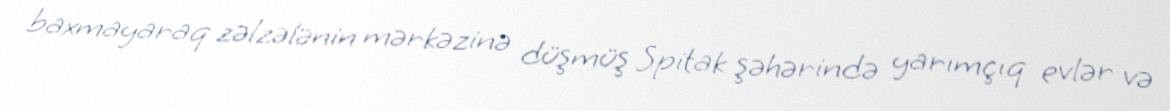
baxmayaraq zəlzələnin mərkəzinə düşmüş Spitak şəhərində yarımçıq evlər və